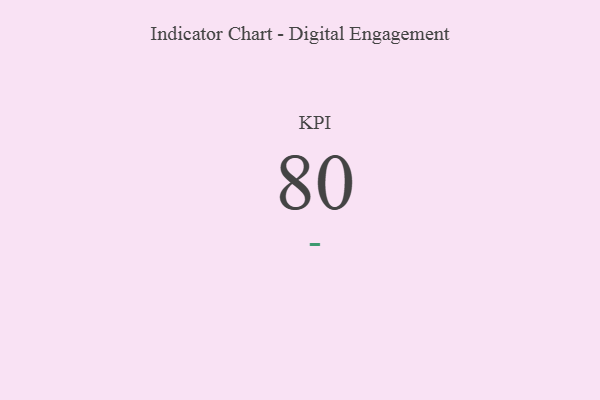
{"axis": {"x": "KPI", "y": "Value"}, "legend": [""], "data": [{"x": "KPI", "y": 80, "type": ""}]}